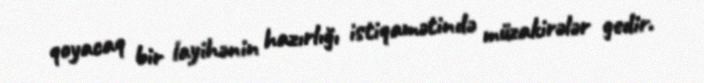
qoyacaq bir layihənin hazırlığı istiqamətində müzakirələr gedir.